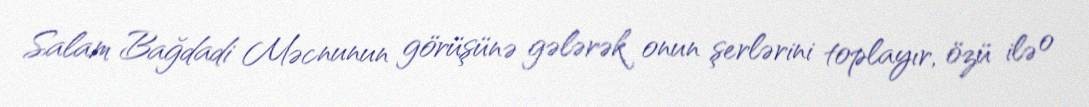
Salam Bağdadi Məcnunun görüşünə gələrək onun şerlərini toplayır, özü ilə o